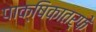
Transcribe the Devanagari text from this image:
पाक्षिकातर्फे